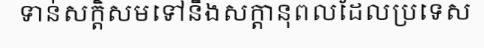
ទាន់សក្តិសមទៅនឹងសក្តានុពលដែលប្រទេស